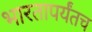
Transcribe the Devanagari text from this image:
भारतापर्यंतच